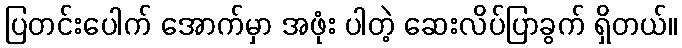
ပြတင်းပေါက် အောက်မှာ အဖုံး ပါတဲ့ ဆေးလိပ်ပြာခွက် ရှိတယ်။